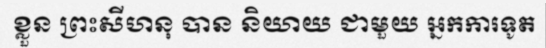
ខ្លួន ព្រះសីហនុ បាន និយាយ ជាមួយ អ្នកការទូត